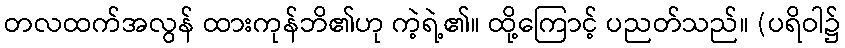
တလထက်အလွန် ထားကုန်ဘိ၏ဟု ကဲ့ရဲ့၏။ ထို့ကြောင့် ပညတ်သည်။ (ပရိဝါ၌